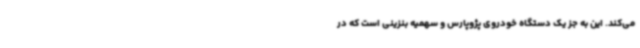
می‌کند. این به جز یک دستگاه خودروی پژوپارس و سهمیه بنزینی است که در